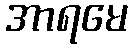
အာရမေ